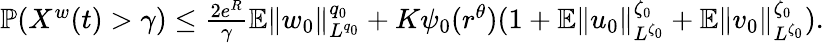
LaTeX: \begin{array}{r}{{\mathbb P}(X^{w}(t)>\gamma)\leq\frac{2e^{R}}{\gamma}{\mathbb E}\| w_{0}\| _{L^{q_{0}}}^{q_{0}}+K\psi_{0}(r^{\theta})(1+{\mathbb E}\| u_{0}\| _{L^{\zeta_{0}}}^{\zeta_{0}}+{\mathbb E}\| v_{0}\| _{L^{\zeta_{0}}}^{\zeta_{0}}).}\end{array}